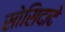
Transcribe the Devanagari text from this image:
सोसिदादे